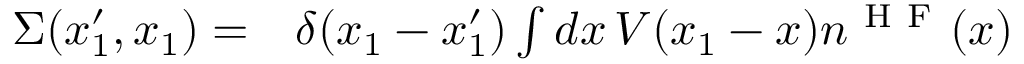
\begin{array} { r l } { \Sigma ( x _ { 1 } ^ { \prime } , x _ { 1 } ) = } & { { } \delta ( x _ { 1 } - x _ { 1 } ^ { \prime } ) \int d x \, V ( x _ { 1 } - x ) n ^ { \mathrm { ~ H ~ F ~ } } ( x ) } \end{array}